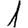
Digit: 1